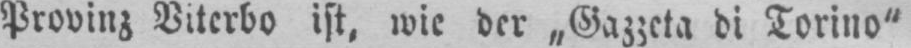
Provinz Viterbo ist, wie der „Gazzeta di Torino“